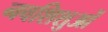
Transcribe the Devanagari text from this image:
नवशिशुओं